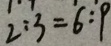
2 : 3 = 6 : 9